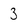
Character: 3